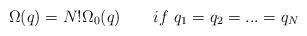
LaTeX: \begin{align*}\Omega(q) = N! \Omega_0(q) \qquad if\ q_1=q_2=...=q_N \end{align*}